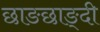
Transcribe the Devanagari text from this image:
छाङछाङ्दी